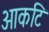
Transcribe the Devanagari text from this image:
आकटि